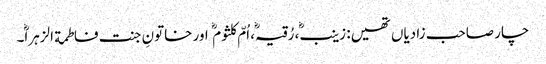
چار صاحب زادیاں تھیں: زینب، رُقیہ، اُمّ کلثوم اور خاتونِ جنت فاطمة الزہرا۔